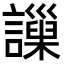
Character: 𧭄